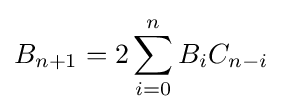
B_{n+1}=2\sum _{i=0}^{n}B_{i}C_{n-i}